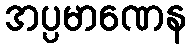
အပ္ပမာဏေန